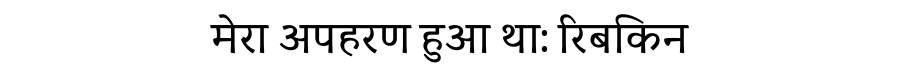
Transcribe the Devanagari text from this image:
मेरा अपहरण हुआ था: रिबकिन